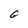
Character: G